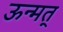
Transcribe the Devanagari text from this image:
ऊन्मत्